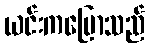
ယင်းကပြောသည်